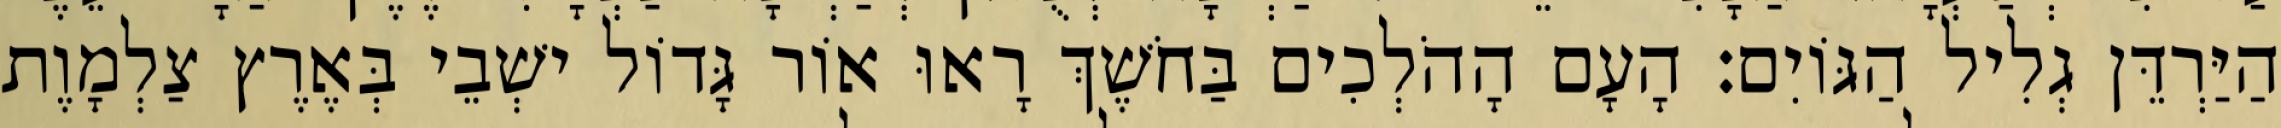
הַיַּרְדֵּן גְלִיל הַגּוֹיִם׃ הָעָם הָהֹלְכִים בַּחֹשֶׁךְ רָאוּ אוֹר גָּדוֹל ישְׁבֵי בְּאֶרֶץ צַלְמָוֶת